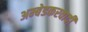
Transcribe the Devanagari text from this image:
अम्‍बेडकरवादी